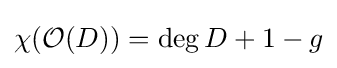
\chi ({\mathcal {O}}(D))=\deg D+1-g